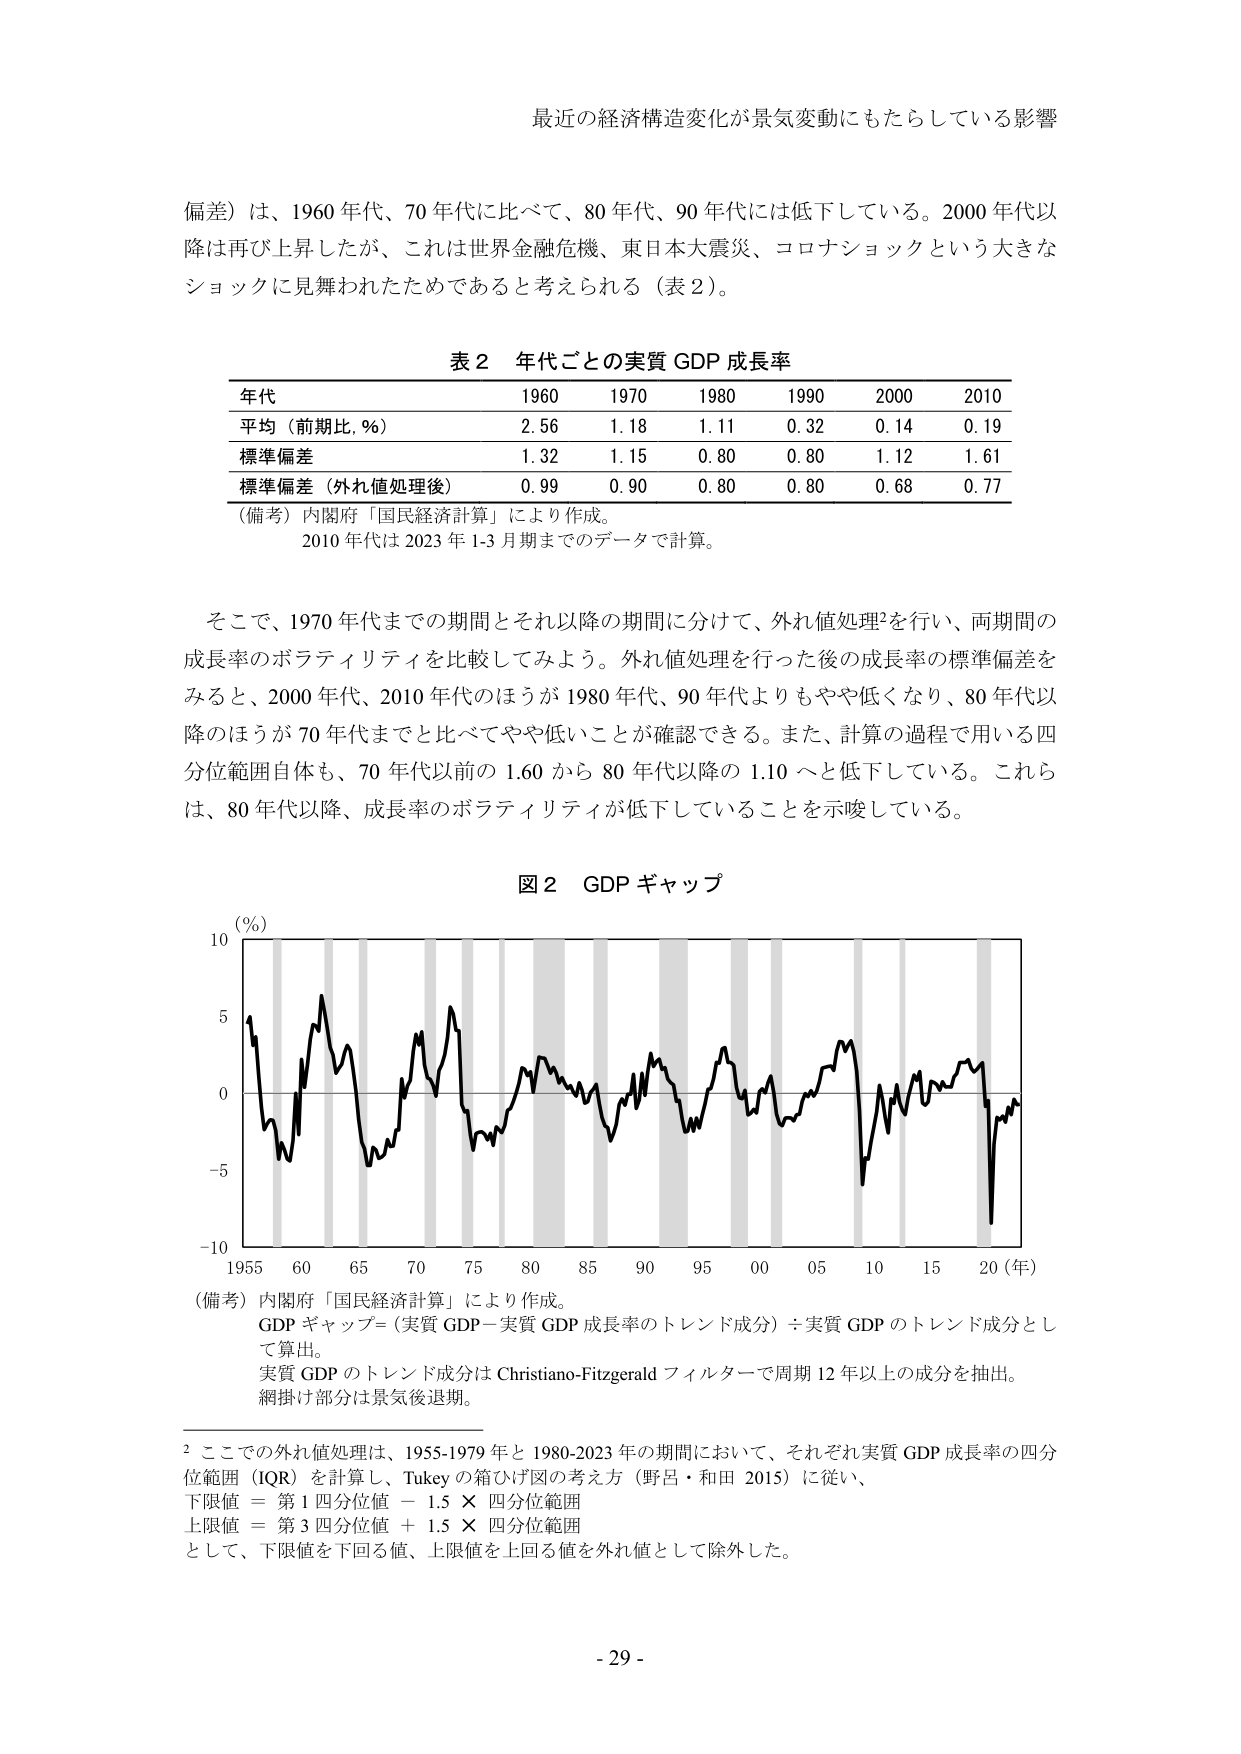
最近の経済構造変化が景気変動にもたらしている影響

偏差）は、1960 年代、70 年代に比べて、80 年代、90 年代には低下している。2000 年代以降は再び上昇したが、これは世界金融危機、東日本大震災、コロナショックという大きなショックに見舞われたためであると考えられる（表 2）。

表 2 年代ごとの実質 GDP 成長率

年代 1960 1970 1980 1990 2000 2010
平均（前期比, %） 2.56 1.18 1.11 0.32 0.14 0.19
標準偏差 1.32 1.15 0.80 0.80 1.12 1.61
標準偏差（外れ値処理後） 0.99 0.90 0.80 0.80 0.68 0.77

（備考）内閣府「国民経済計算」により作成。
2010 年代は 2023 年 1-3 月期までのデータで計算。

そこで、1970 年代までの期間とそれ以降の期間に分けて、外れ値処理²を行い、両期間の成長率のボラティリティを比較してみよう。外れ値処理を行った後の成長率の標準偏差をみると、2000 年代、2010 年代のほうが 1980 年代、90 年代よりもやや低くなり、80 年代以降のほうが 70 年代までと比べてやや低いことが確認できる。また、計算の過程で用いる四分位範囲自体も、70 年代以前の 1.60 から 80 年代以降の 1.10 へと低下している。これらは、80 年代以降、成長率のボラティリティが低下していることを示唆している。

図 2 GDP ギャップ

（%）
10
5
0
-5
-10
1955 60 65 70 75 80 85 90 95 00 05 10 15 20（年）

（備考）内閣府「国民経済計算」により作成。
GDP ギャップ＝（実質 GDP－実質 GDP 成長率のトレンド成分）÷実質 GDP のトレンド成分として算出。
実質 GDP のトレンド成分は Christiano-Fitzgerald フィルターで周期 12 年以上の成分を抽出。
網掛け部分は景気後退期。

² ここでの外れ値処理は、1955-1979 年と 1980-2023 年の期間において、それぞれ実質 GDP 成長率の四分位範囲（IQR）を計算し、Tukey の箱ひげ図の考え方（野呂・和田 2015）に従い、
下限値 ＝ 第 1 四分位値 － 1.5 × 四分位範囲
上限値 ＝ 第 3 四分位値 ＋ 1.5 × 四分位範囲
として、下限値を下回る値、上限値を上回る値を外れ値として除外した。

- 29 -